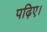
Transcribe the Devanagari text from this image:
पढ़िए।